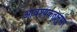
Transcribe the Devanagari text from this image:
आवश्यकतानुसर